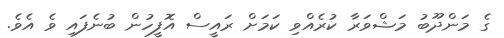
ގެ މަންދޫބު މަޝްވަރާ ކުރެއްވި ކަމަށް ރައީސް އޮފީހުން ބުނެފައި ވެ އެވެ.